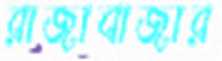
রাজাবাজার